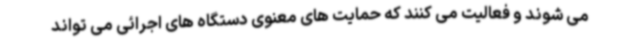
می شوند و فعالیت می کنند که حمایت های معنوی دستگاه های اجرائی می تواند